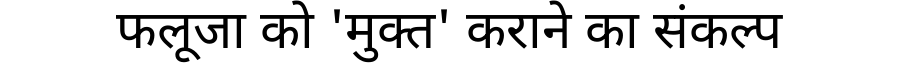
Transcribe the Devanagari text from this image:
फलूजा को 'मुक्त' कराने का संकल्प